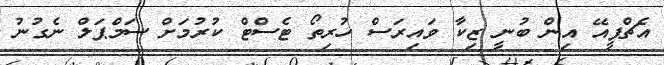
އެޗްޕީއޭ އިން ބުނީ ޒިކާ ވައިރަސް ހުރިތޯ ޓެސްޓް ކުރުމަށް ސަމްޕަލް ނެގުނު